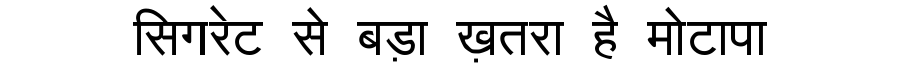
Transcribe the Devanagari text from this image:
सिगरेट से बड़ा ख़तरा है मोटापा